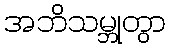
အဘိသမ္ဘုတွာ